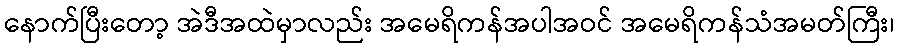
နောက်ပြီးတော့ အဲဒီအထဲမှာလည်း အမေရိကန်အပါအဝင် အမေရိကန်သံအမတ်ကြီး၊